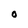
Character: 0